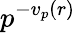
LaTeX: p^{-v_{p}(r)}